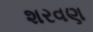
શરવણ